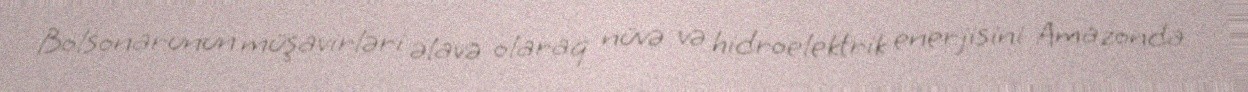
Bolsonarunun müşavirləri əlavə olaraq nüvə və hidroelektrik enerjisini Amazonda